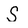
Character: S